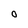
Character: O